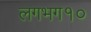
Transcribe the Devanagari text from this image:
लगभग१०